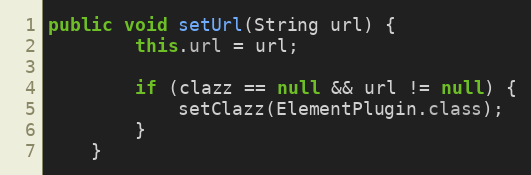
Language: Java
public void setUrl(String url) {
        this.url = url;

        if (clazz == null && url != null) {
            setClazz(ElementPlugin.class);
        }
    }